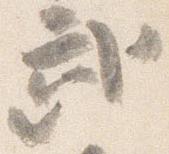
武